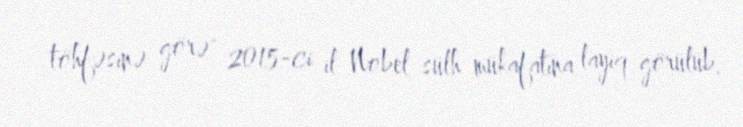
töhfəsinə görə" 2015-ci il Nobel sülh mükafatına layiq görülüb.